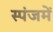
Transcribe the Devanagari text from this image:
स्पंजमें